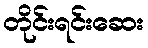
တိုင်းရင်းဆေး